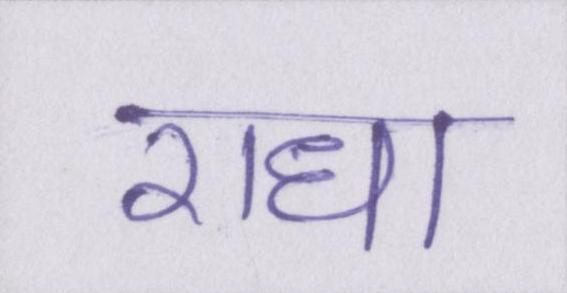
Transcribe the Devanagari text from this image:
राधा